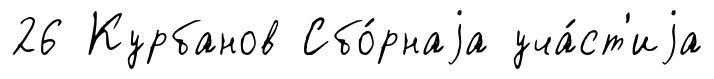
26 Курбанов Сбо́рнаjа уча́ст'иjа